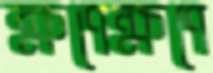
ক্ষণেক্ষণে